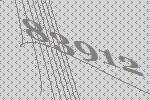
83912